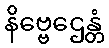
နိဗ္ဗေဌေန္တံ